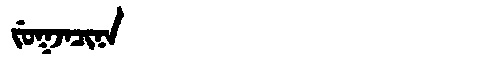
Manchu: ᠵᡠᡴᠵᠠᠴᡳᠨᠠ
Romanization: JUKJACINA